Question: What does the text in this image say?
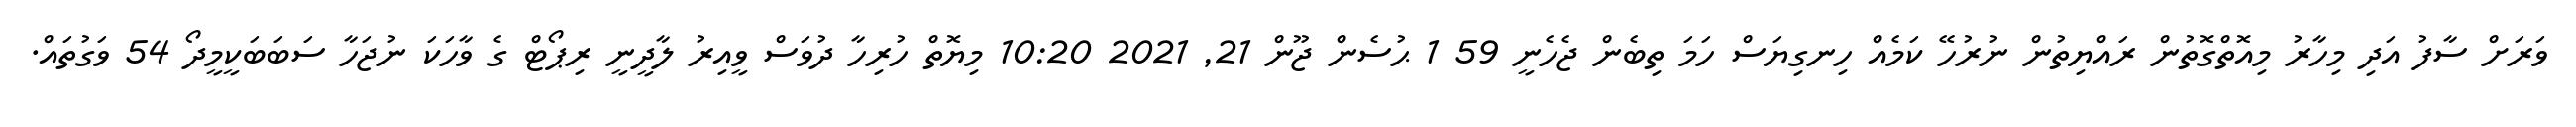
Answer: ވަރަށް ސާފު އަދި މިހާރު މިއޮތްގޮތުން ރައްޔިތުން ނުރުހޭ ކަމެއް ހިނގިޔަސް ހަމަ ތިބެން ޖެހެނީ 59 1 ޙުސެން ޖޫން 21, 2021 10:20 މިޔޮތް ހުރިހާ ދުވަސް ވީއިރު ލާދީނީ ރިޕޯޓް ގެ ވާހަކަ ނުޖަހާ ސަބަބަކީމީދޯ 54 ވަގުތައް.